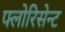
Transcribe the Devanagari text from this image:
फ्लोरिसेन्ट